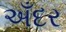
અઁદર